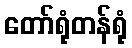
တော်ရုံတန်ရုံ